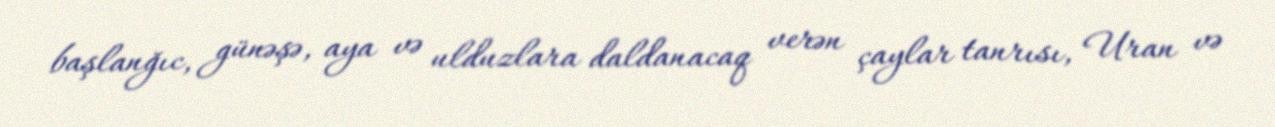
başlanğıc, günəşə, aya və ulduzlara daldanacaq verən çaylar tanrısı, Uran və